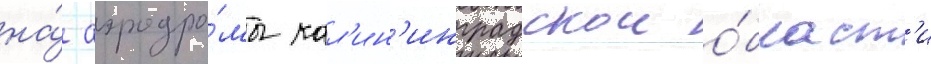
на́ аэродро́мы кал'ин'инградскои о́бласт'и